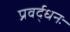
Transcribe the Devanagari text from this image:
प्रवर्द्धनः